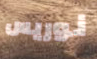
نوريس